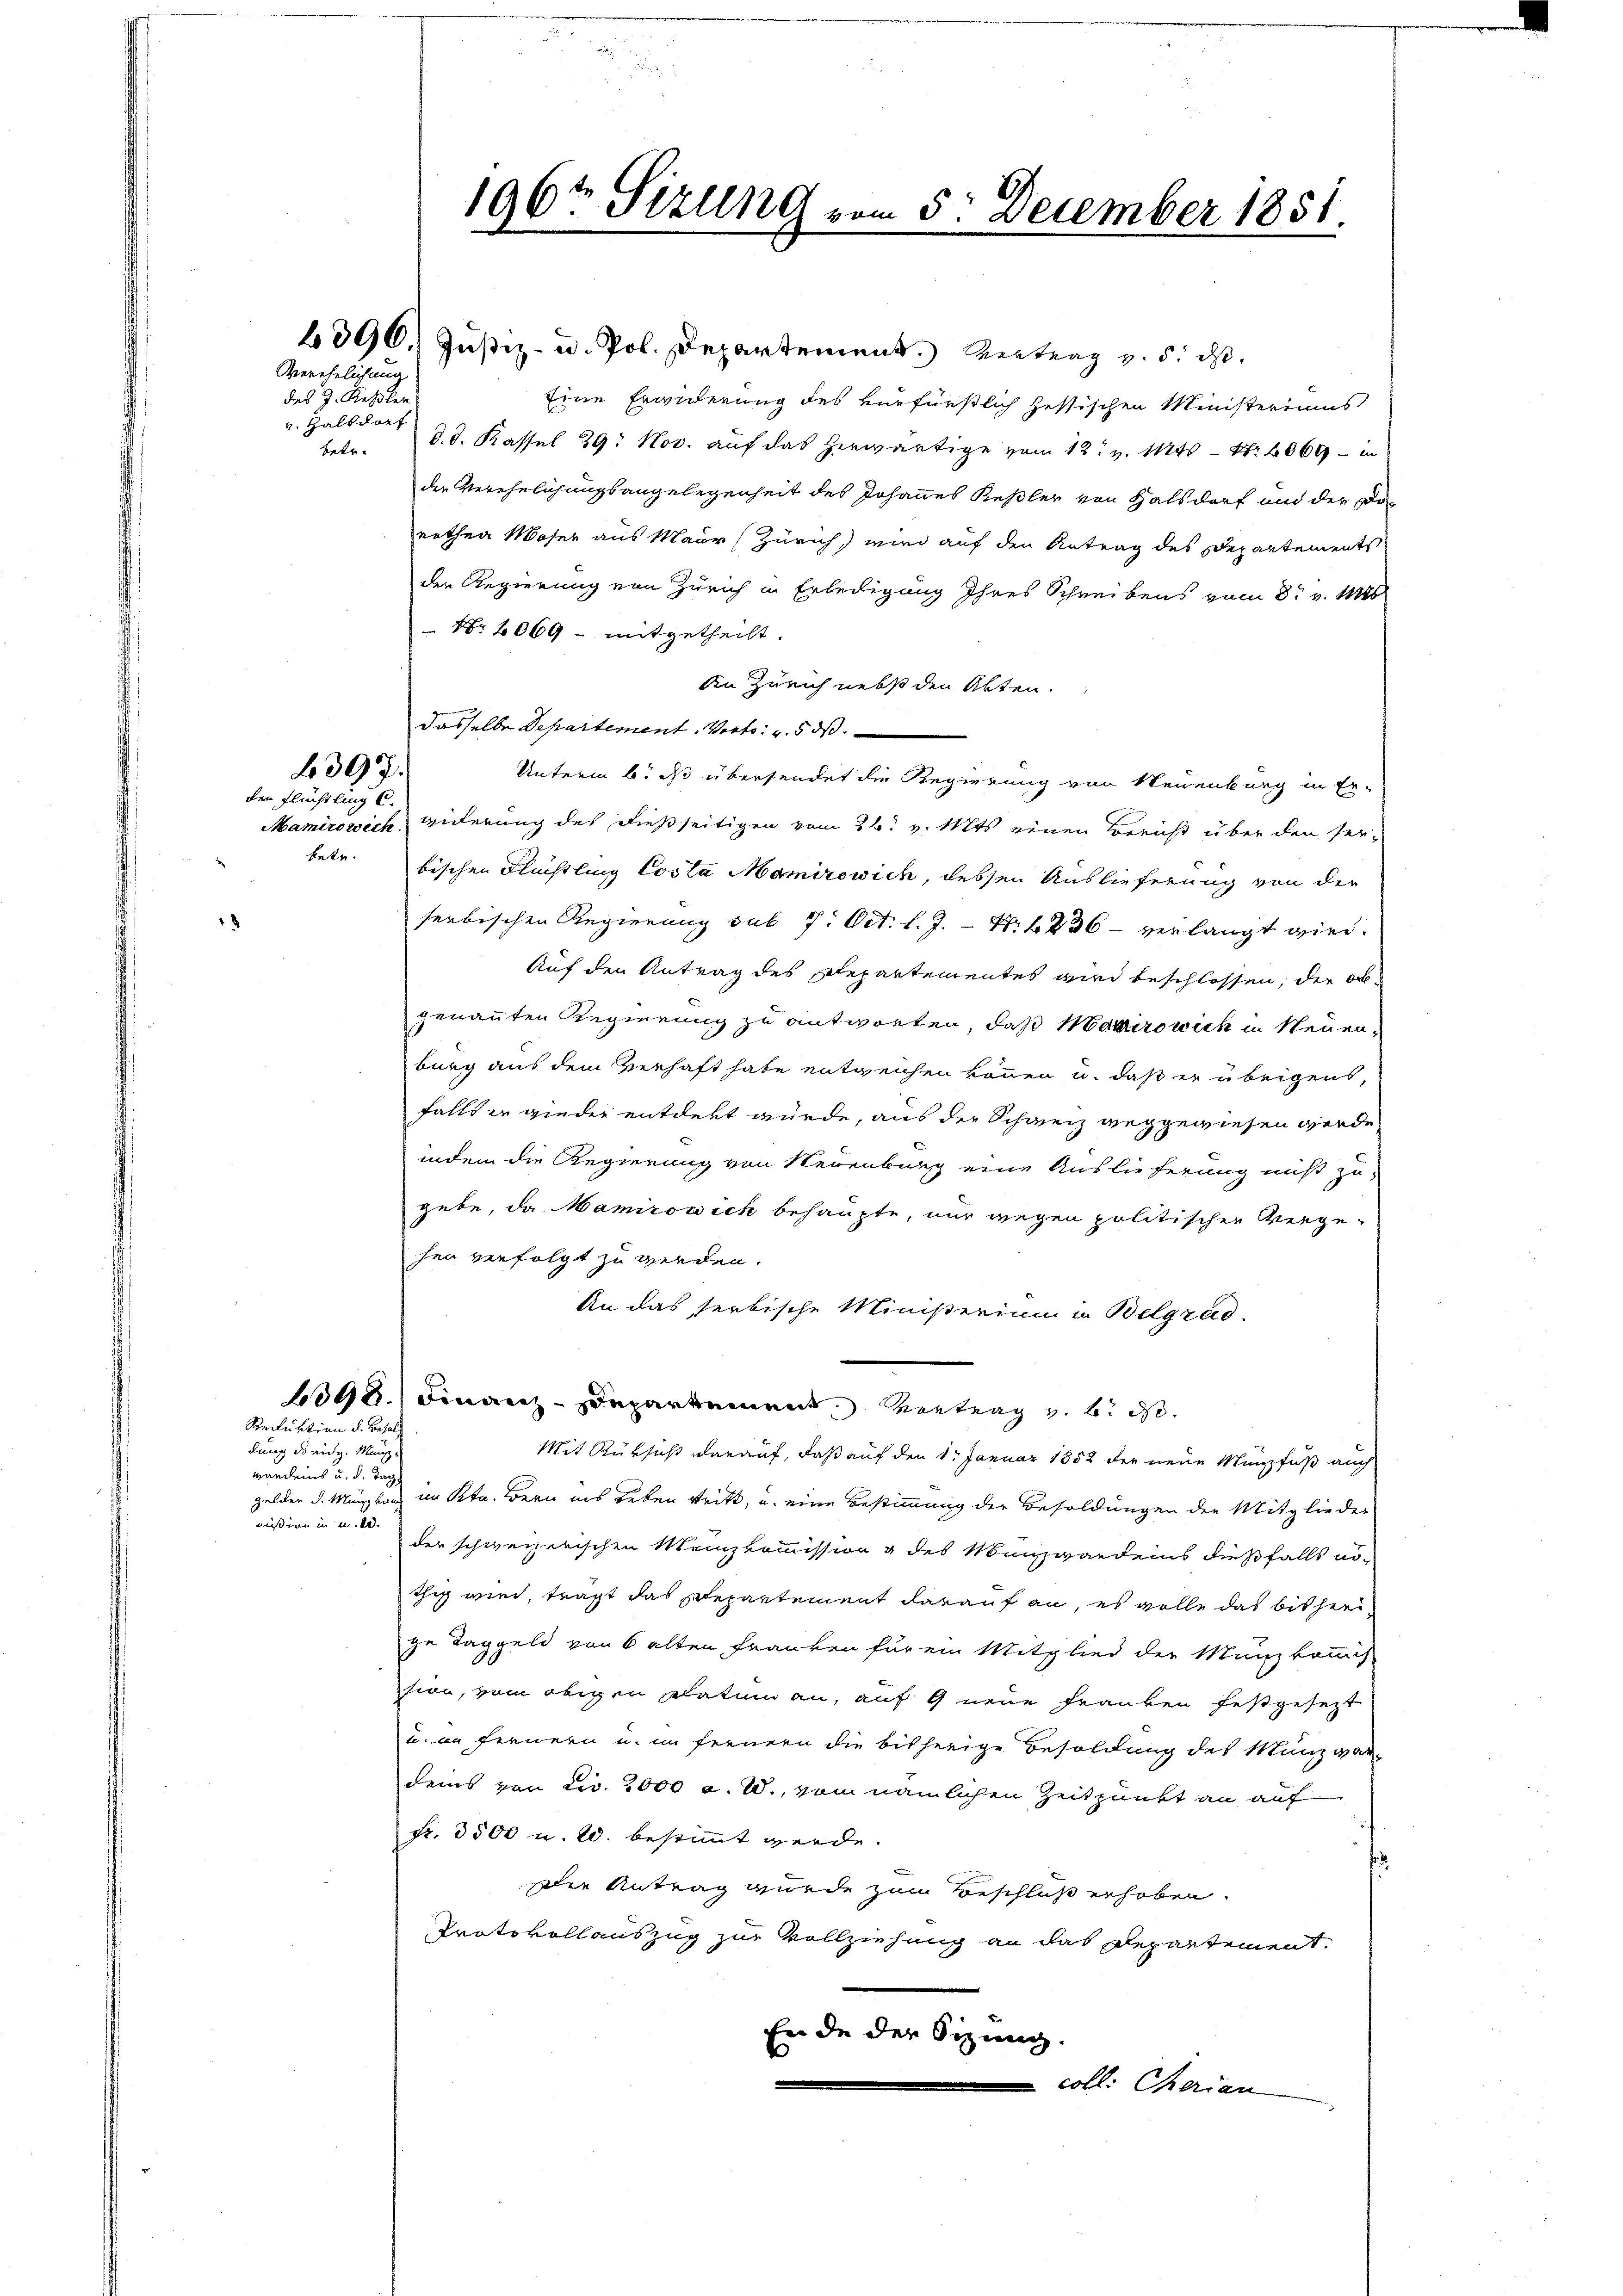
Verehelichung
des J. Rehler
v. Haltdorf

betr.

397.
den Flüchtling C.

wunden
mission in u. de

Reduktion d. Besold
dung des eidg. Manz-

e

196t Sizung vom 5. December 1851.

4396. Justiz- u. Pol. Departement. Vertrag v. 5. ds
Eine Erwiederung des verfürstlich hessischen Ministeriums
betr. d. d. Kassel 29. Nov. auf das herwärtige vom 12. v. Mts. - Nr. 2060 - in
der Verehelichungsangelegenheit des Johannes Keßler von Hals darf und der Dorothea Moser aus Maur (Zürich) wird auf den Antrag des Departements
der Regierung von Zürich in Erledigung Ihres Schreibens vom 8t v. Mts.
Nr. 2069 - mitgetheilt.
An Zürich nebst den Akten.
dasselbe Departement. Vertr. v. 5. ds.
Unterm 6. ds übersendet die Regierung von Neuenburg in Er-
Mamirowich, widerung des dießseitigen vom 26. v. Mts. einen Bericht über den ser-
bischen Flüchtling Costa Mamirewich, dessen Auslieferung von der
serbischen Regierung sub 7. Oct. l. J. – Nr. 1236 - verlangt wird.
Auf den Antrag des Separtementes wird beschlossen, der Obgenannten Regierung zu antworten, daß Marrowich in Neuenburg aus dem Verhaft habe entweichen können u. daß er übrigens,
falls er wieder entdekt wurde, aus der Schweiz weggewiesen werde,
indem die Regierung von Neuenburg eine Auslieferung nicht zu-
gebe, da Mamirowick behaupte, nur wegen politischen Vergehen verfolgt zu werden.
An das serbische Ministerium in Belgrad.
e
1398.) Finanz-Departement. Vertrag z. B. ds.
Mit Rüksicht darauf, daß auf den 1. Januar 1852 der neue Münzfuß auch
gelder d. Münzkan im Kt. Bern ins Leben stritt, u. eine Bestimmung der Besoldungen der Mitglieder
der schweizerischen Mainzkommission g des Münzwerdens dießfalls nöthig wird, trägt das Departement darauf an, es wolle das bisherige Taggeld von 6 alten Franken für ein Mitglied der Münzkommis
sion, vom obigen Statum an, auf 9 neue Franken festgesezt
u. an fernern u. in fernern die bisherige Besoldung des Manzverdems von Liv. 2000 a. W., vom nämlichen Zeitpunkt an auf
fr. 3500 u. 20. bestimmt werde.
Die Antrag wurde zum Beschluß erhoben.
Trotokollauszug zur Vollziehung an das Departement.
Eür de der Sitzung.
coll. Cherian